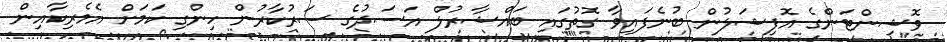
ވޮޝިންޓަންގެ އޮފިޝަލުން ބުނެފައިވާ ގޮތުގައި ބައްޝާރުލް އަސަދުގެ ސަރުކާރުން ހިންގި ކަމަށް އެމެރިކާއިން